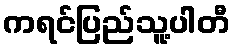
ကရင်ပြည်သူ့ပါတီ